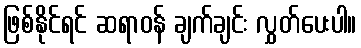
ဖြစ်နိုင်ရင် ဆရာဝန် ချက်ချင်း လွှတ်ပေးပါ။